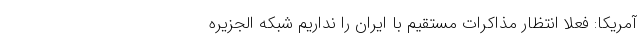
آمریکا: فعلا انتظار مذاکرات مستقیم با ایران را نداریم شبکه الجزیره